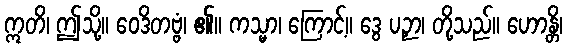
ဣတိ၊ ဤသို့။ ဝေဒိတဗ္ဗံ၊ ၏။ ကသ္မာ၊ ကြောင့်။ ဒွေ ပဉှာ၊ တို့သည်။ ဟောန္တိ၊